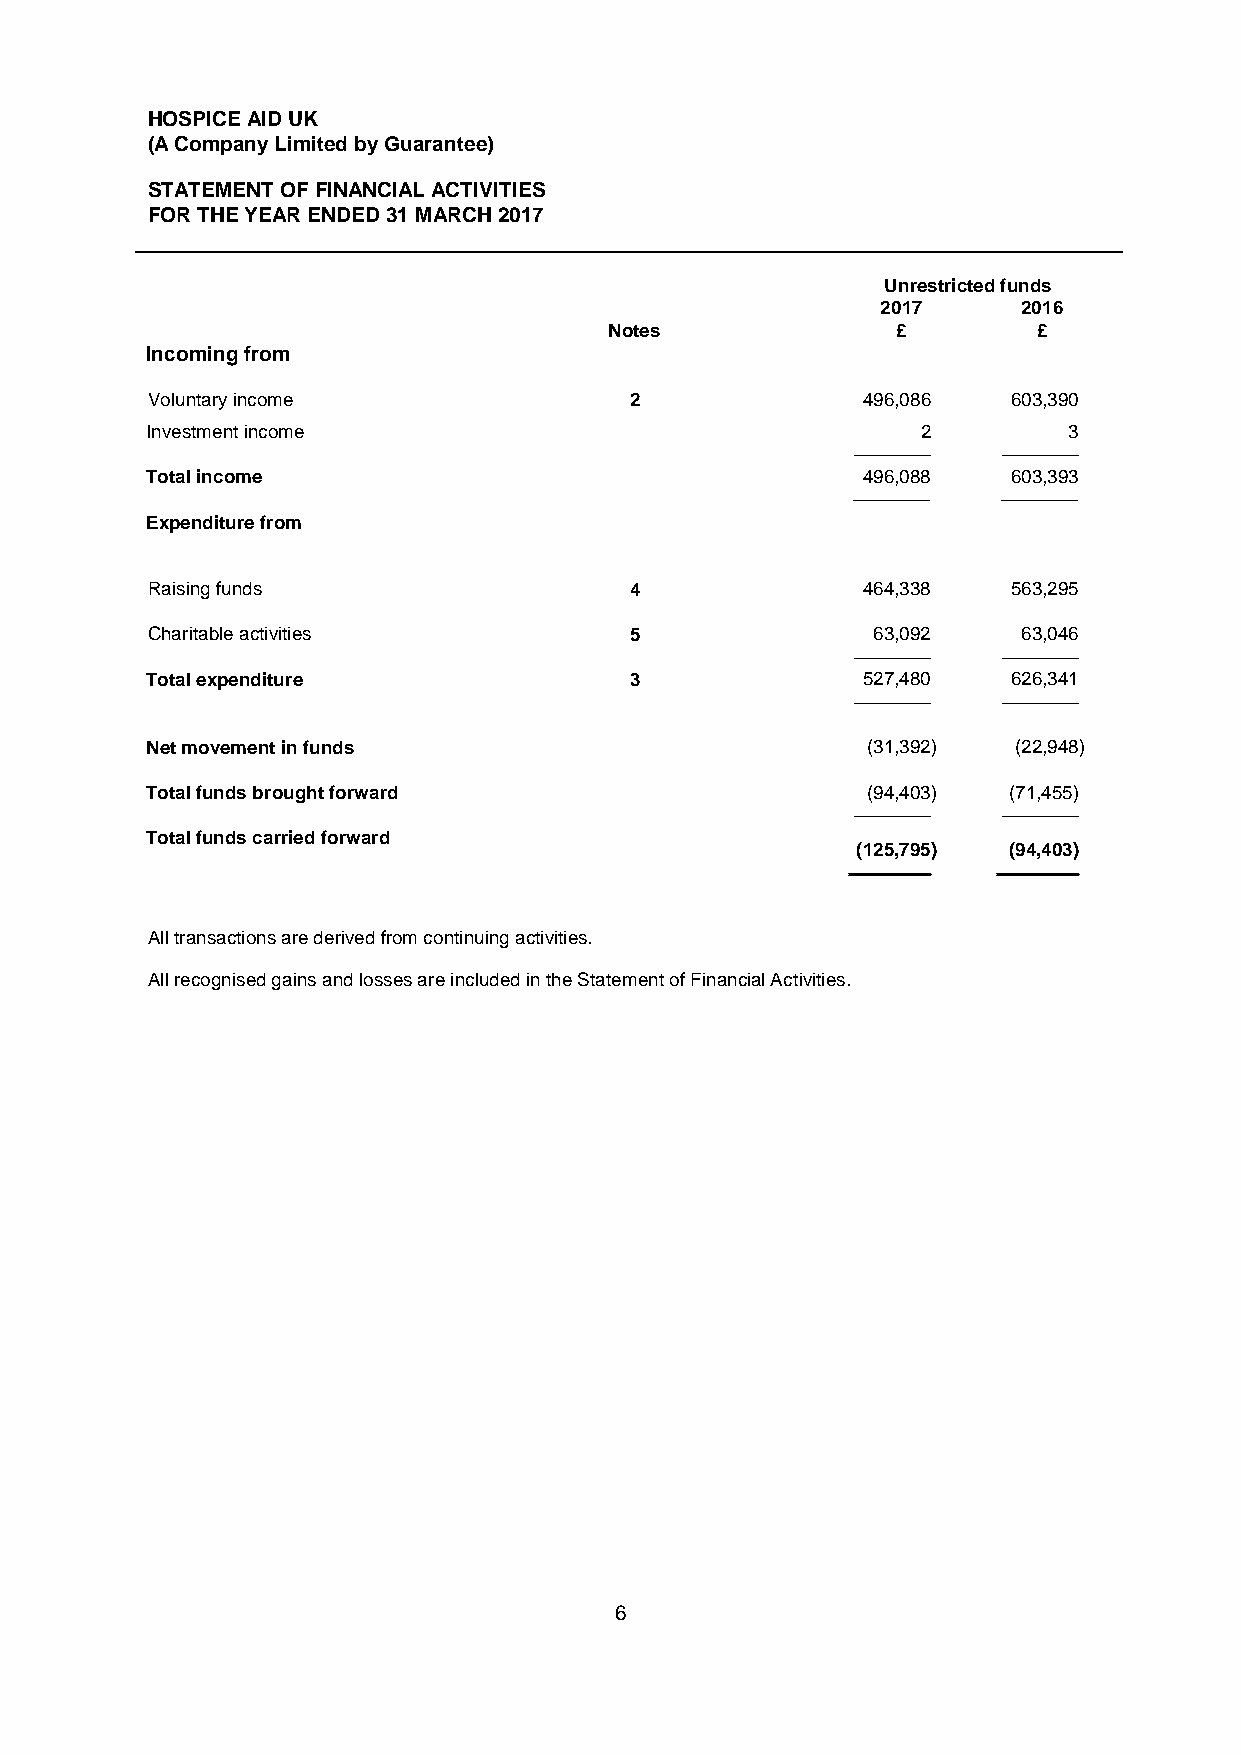
HOSPICE AID UK
 (A Company Limited by Guarantee)
 STATEMENT OF FINANCIAL ACTIVITIES
 FOR THE YEAR ENDED 31 MARCH 2017
 Unrestricted funds
 2017      2016
 Notes              £         £
 Incoming from
 Voluntary income                2              496,086   603,390
 Investment income                                  2         3
 ___________ ___________
 Total income                                   496,088   603,393
 ___________ ___________
 Expenditure from
 Raising funds                   4              464,338   563,295
 Charitable activities           5               63,092    63,046
 ___________ ___________
 Total expenditure               3              527,480   626,341
 ___________ ___________
 Net movement in funds                          (31,392)  (22,948)
 Total funds brought forward                    (94,403)  (71,455)
 ___________ ___________
 Total funds carried forward
 (125,795) (94,403)
 ___________ ___________
 All transactions are derived from continuing activities.
 All recognised gains and losses are included in the Statement of Financial Activities.
 6